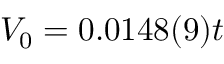
V _ { 0 } = 0 . 0 1 4 8 ( 9 ) t